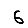
Digit: 6